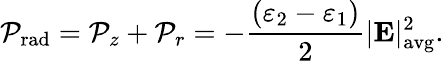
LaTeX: \mathcal{P}_{\mathrm{rad}}=\mathcal{P}_{z}+\mathcal{P}_{r}=-\frac{\left(\varepsilon_{2}-\varepsilon_{1}\right)}{2}|\mathbf E|_{\mathrm{avg}}^{2}.